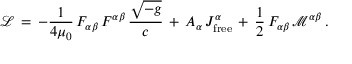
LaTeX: { \mathcal { L } } \, = \, - { \frac { 1 } { 4 \mu _ { 0 } } } \, F _ { \alpha \beta } \, F ^ { \alpha \beta } \, { \frac { \sqrt { - g } } { c } } \, + \, A _ { \alpha } \, J _ { \mathrm { f r e e } } ^ { \alpha } \, + \, { \frac { 1 } { 2 } } \, F _ { \alpha \beta } \, { \mathcal { M } } ^ { \alpha \beta } \, .